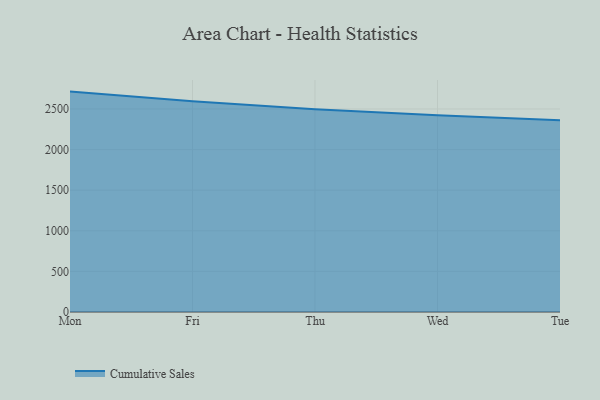
{"axis": {"x": "Day", "y": "Tickets Resolved"}, "legend": ["Cumulative Sales"], "data": [{"x": "Mon", "y": 2714.0, "type": "Cumulative Sales"}, {"x": "Fri", "y": 2593.8, "type": "Cumulative Sales"}, {"x": "Thu", "y": 2496.5, "type": "Cumulative Sales"}, {"x": "Wed", "y": 2422.4, "type": "Cumulative Sales"}, {"x": "Tue", "y": 2361.1, "type": "Cumulative Sales"}]}